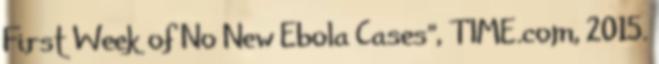
First Week of No New Ebola Cases”, TIME.com, 2015.